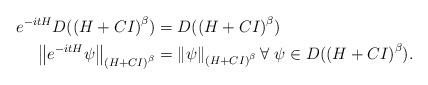
LaTeX: \begin{align*}e^{-itH}D(\left( H+CI\right) ^{\beta}) & =D(\left( H+CI\right) ^{\beta})\\\left\Vert e^{-itH}\psi\right\Vert _{\left( H+CI\right) ^{\beta}} &=\left\Vert \psi\right\Vert _{\left( H+CI\right) ^{\beta}}\forall~\psi\in D(\left( H+CI\right) ^{\beta}).\end{align*}